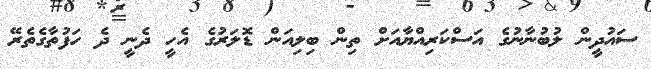
ސައުދީން ލުބުނާނުގެ އަސްކަރިއްޔާއަށް ތިން ބިލިއަން ޑޮލަރުގެ އެހީ ދެނީ ދެ ހަފުތާގެތެރޭ